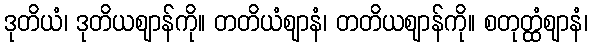
ဒုတိယံ၊ ဒုတိယဈာန်ကို။ တတိယံဈာနံ၊ တတိယဈာန်ကို။ စတုတ္ထံဈာနံ၊